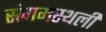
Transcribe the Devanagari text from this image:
संगमस्थली